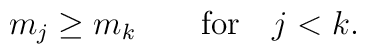
m_j \geq m_k \qquad \mbox{for} \quad j<k.